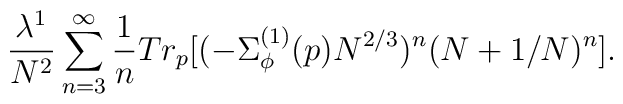
\frac{\lambda^{1}}{N^2} \sum_{n=3}^{\infty}\frac{1}{n}Tr_p [(- \Sigma^{(1)}_{\phi}(p) N^{2/3})^n (N+1/N)^n].